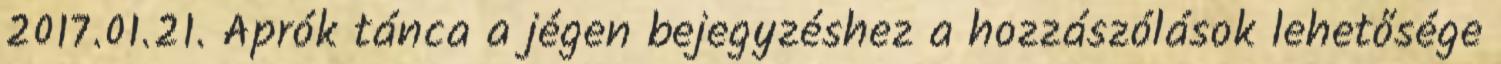
2017.01.21. Aprók tánca a jégen bejegyzéshez a hozzászólások lehetősége